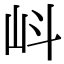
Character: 㞳